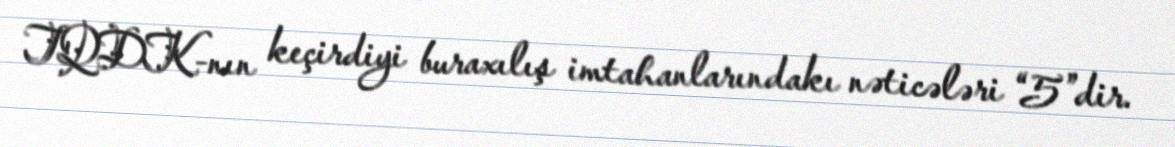
TQDK-nın keçirdiyi buraxılış imtahanlarındakı nəticələri “5”dir.